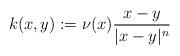
LaTeX: \begin{align*}k(x,y) := \nu(x) \frac{x-y}{|x-y|^n}\end{align*}